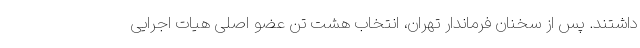
داشتند. پس از سخنان فرماندار تهران، انتخاب هشت تن عضو اصلی هیات اجرایی